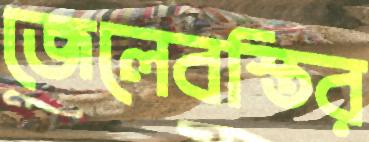
জেলেবস্তির